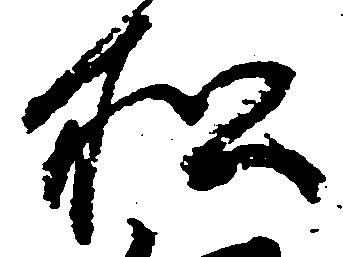
松